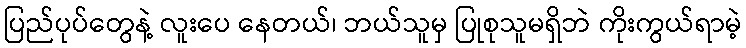
ပြည်ပုပ်တွေနဲ့ လူးပေ နေတယ်၊ ဘယ်သူမှ ပြုစုသူမရှိဘဲ ကိုးကွယ်ရာမဲ့